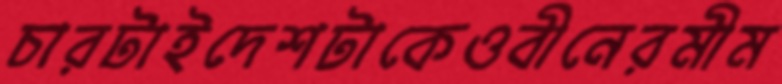
চারটাইদেশটাকেওবীনেরমীম